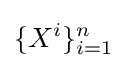
\{X^{i}\}_{i=1}^{n}